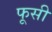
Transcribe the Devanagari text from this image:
फूसी